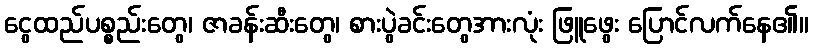
ငွေထည်ပစ္စည်းတွေ၊ ဇာခန်းဆီးတွေ၊ စားပွဲခင်းတွေအားလုံး ဖြူဖွေး ပြောင်လက်နေ၏။